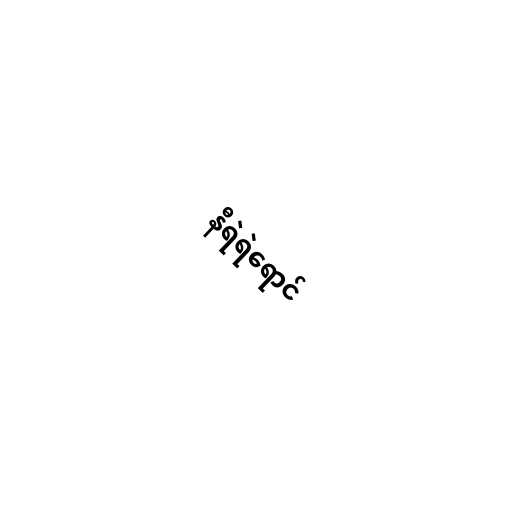
နီရဲရဲရောင်